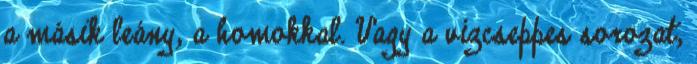
a másik leány, a homokkal. Vagy a vízcseppes sorozat,